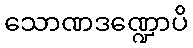
သောဏဒဏ္ဍောပိ